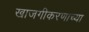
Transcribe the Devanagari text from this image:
खाजगीकरणाच्या